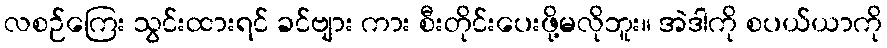
လစဉ်ကြေး သွင်းထားရင် ခင်ဗျား ကား စီးတိုင်းပေးဖို့မလိုဘူး။ အဲဒါကို စပယ်ယာကို